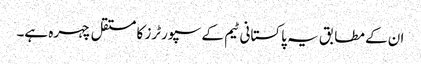
ان کے مطابق یہ پاکستانی ٹیم کے سپورٹرز کا مستقل چہرہ ہے۔